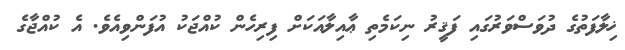
ޚިލާފަތުގެ ދުވަސްވަރުގައި ފަޤީރު ނިކަމެތި ޢާއިލާއަކަށް ފިރިހެން ކުއްޖަކު އުފަންވިއެވެ. އެ ކުއްޖާގެ